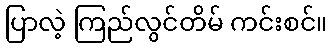
ပြာလဲ့ ကြည်လွင်တိမ် ကင်းစင်။